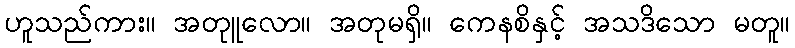
ဟူသည်ကား။ အတုူလော။ အတုမရှိ။ ကေနစိနှင့် အသဒိသော မတူ။